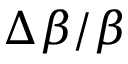
\Delta \beta / \beta